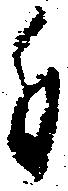
付